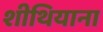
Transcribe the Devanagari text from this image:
शीथियाना